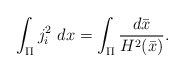
\begin{align*} \int_{\Pi}j_i^2~dx=\int_{\Pi}\frac{d\bar{x}}{H^2(\bar{x})}.\end{align*}